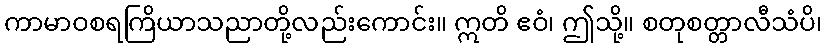
ကာမာဝစရကြိယာသညာတို့လည်းကောင်း။ ဣတိ ဧဝံ၊ ဤသို့။ စတုစတ္တာလီသံပိ၊